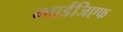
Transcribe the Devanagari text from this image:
ग्वार्डजिएफ